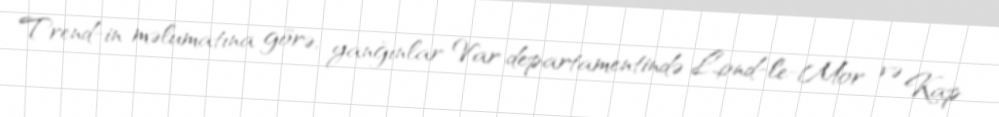
Trend-in məlumatına görə, yanğınlar Var departamentində Lond-le-Mor və Kap